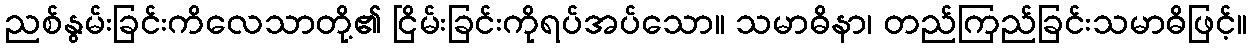
ညစ်နွမ်းခြင်းကိလေသာတို့၏ ငြိမ်းခြင်းကိုရပ်အပ်သော။ သမာဓိနာ၊ တည်ကြည်ခြင်းသမာဓိဖြင့်။